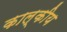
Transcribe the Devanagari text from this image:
काल्कीय